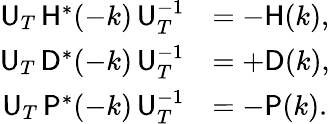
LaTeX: \begin{array}{rl}{{\sf U}_{T}\, {\sf H}^{*}(-k)\, {\sf U}_{T}^{-1}}&{=-{\sf H}(k),}\\ {{\sf U}_{T}\, {\sf D}^{*}(-k)\, {\sf U}_{T}^{-1}}&{=+{\sf D}(k),}\\ {{\sf U}_{T}\, {\sf P}^{*}(-k)\, {\sf U}_{T}^{-1}}&{=-{\sf P}(k).}\end{array}